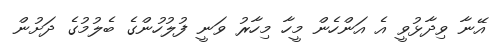
އޭނާ ވިދާޅުވީ އެ އަންހެން މީހާ މިހާރު ވަނީ ފުލުހުންގެ ބެލުމުގެ ދަށުން